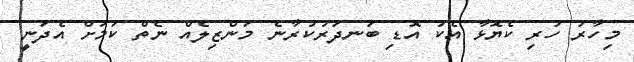
މިހާރު ހުރި ކެޔޮޅާ އެކު އޮޑި ބަނދަރުކުރާނެ މަންޒިލެއް ނެތް ކަމަށް އެދަނީ